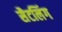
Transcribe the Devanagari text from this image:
सैटलिंग